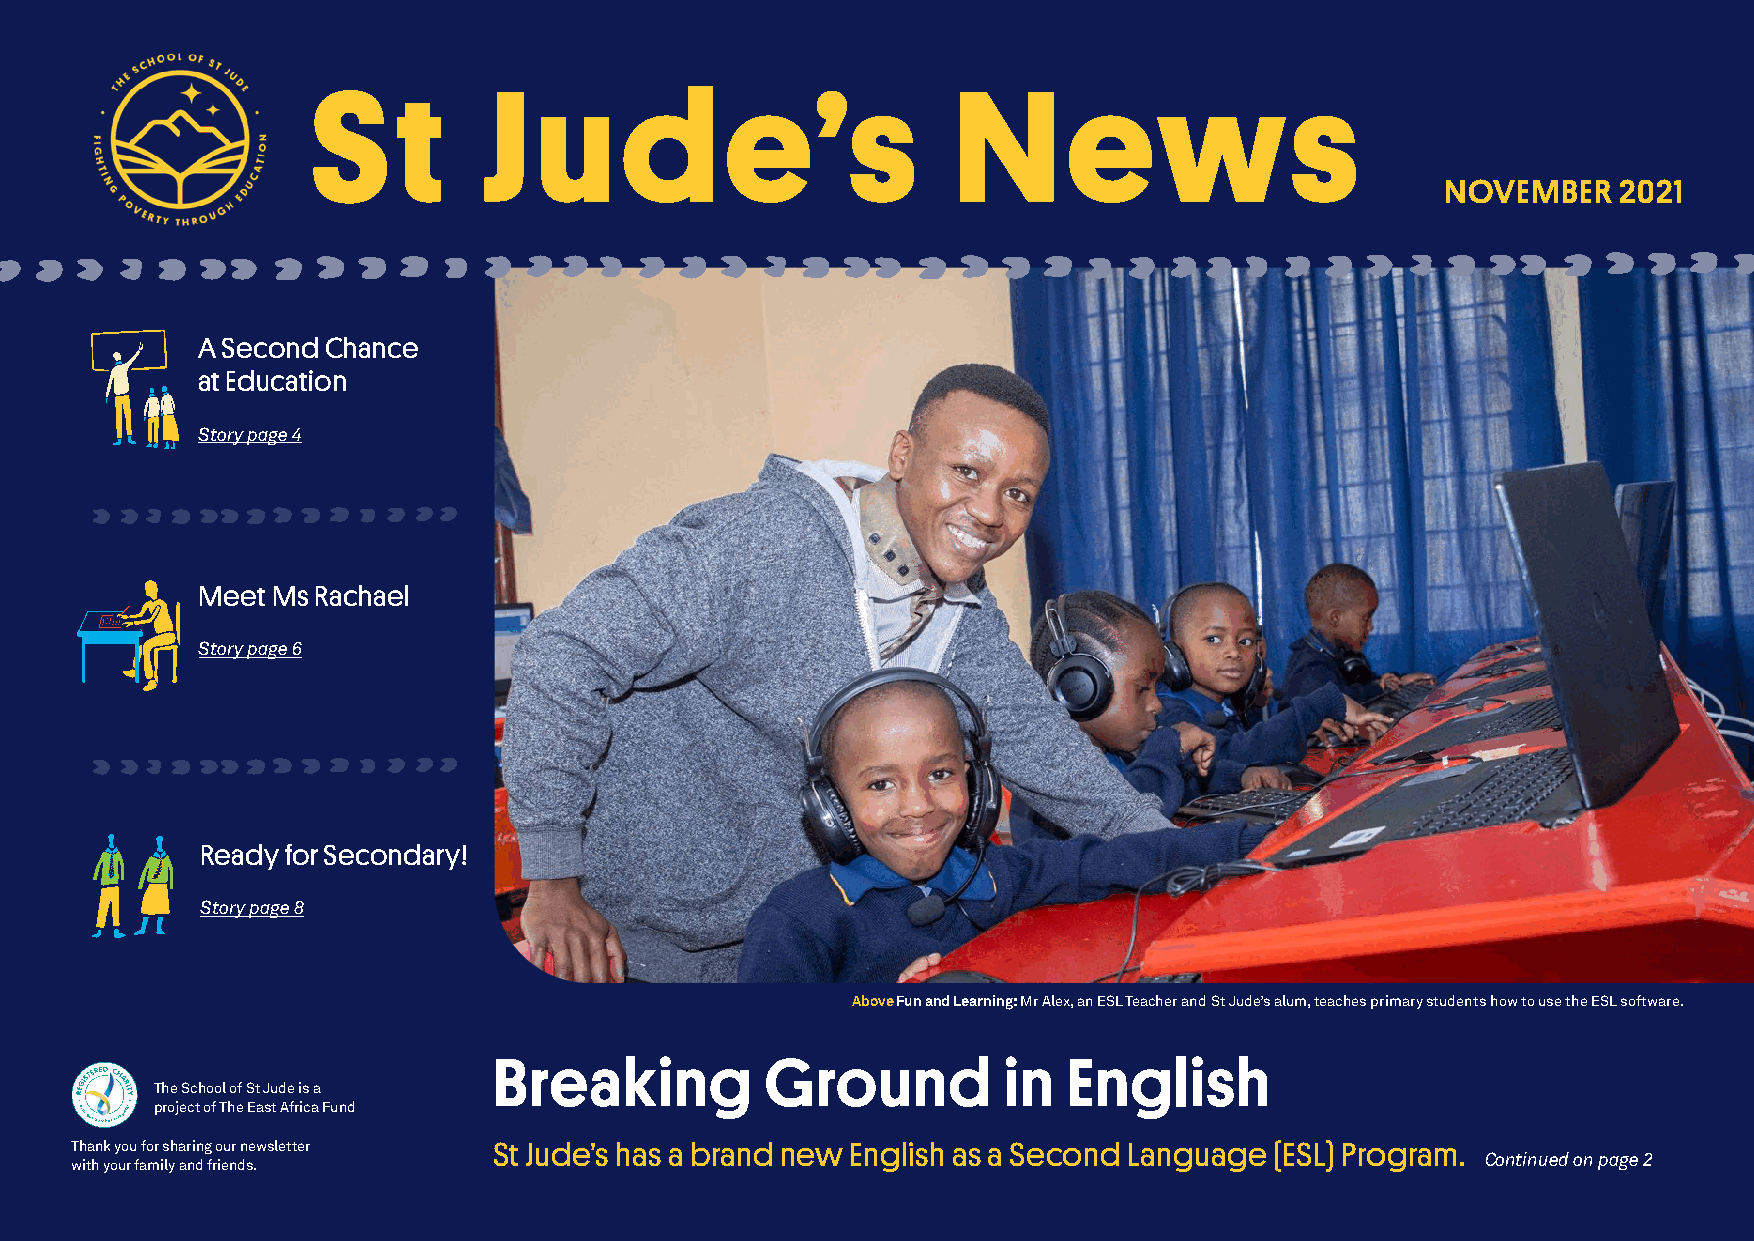
St         J  u     d      e’s            N       ews
 NOVEMBER   2021
 A Second Chance
 at Education
 Story page 4
 Meet Ms Rachael
 Story page 6
 Ready for Secondary!
 Story page 8
 Above Fun and Learning: Mr Alex, an ESL Teacher and St Jude’s alum, teaches primary students how to use the ESL software.
 Breaking          Ground         in   English
 The School of St Jude is a
 project of The East Africa Fund
 Thank you for sharing our newsletter St Jude’s has a brand new English as a Second Language (ESL) Program.
 Continued on page 2
 with your family and friends.
 St Jude’s News                                     June 2021                                             1